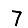
Digit: 7